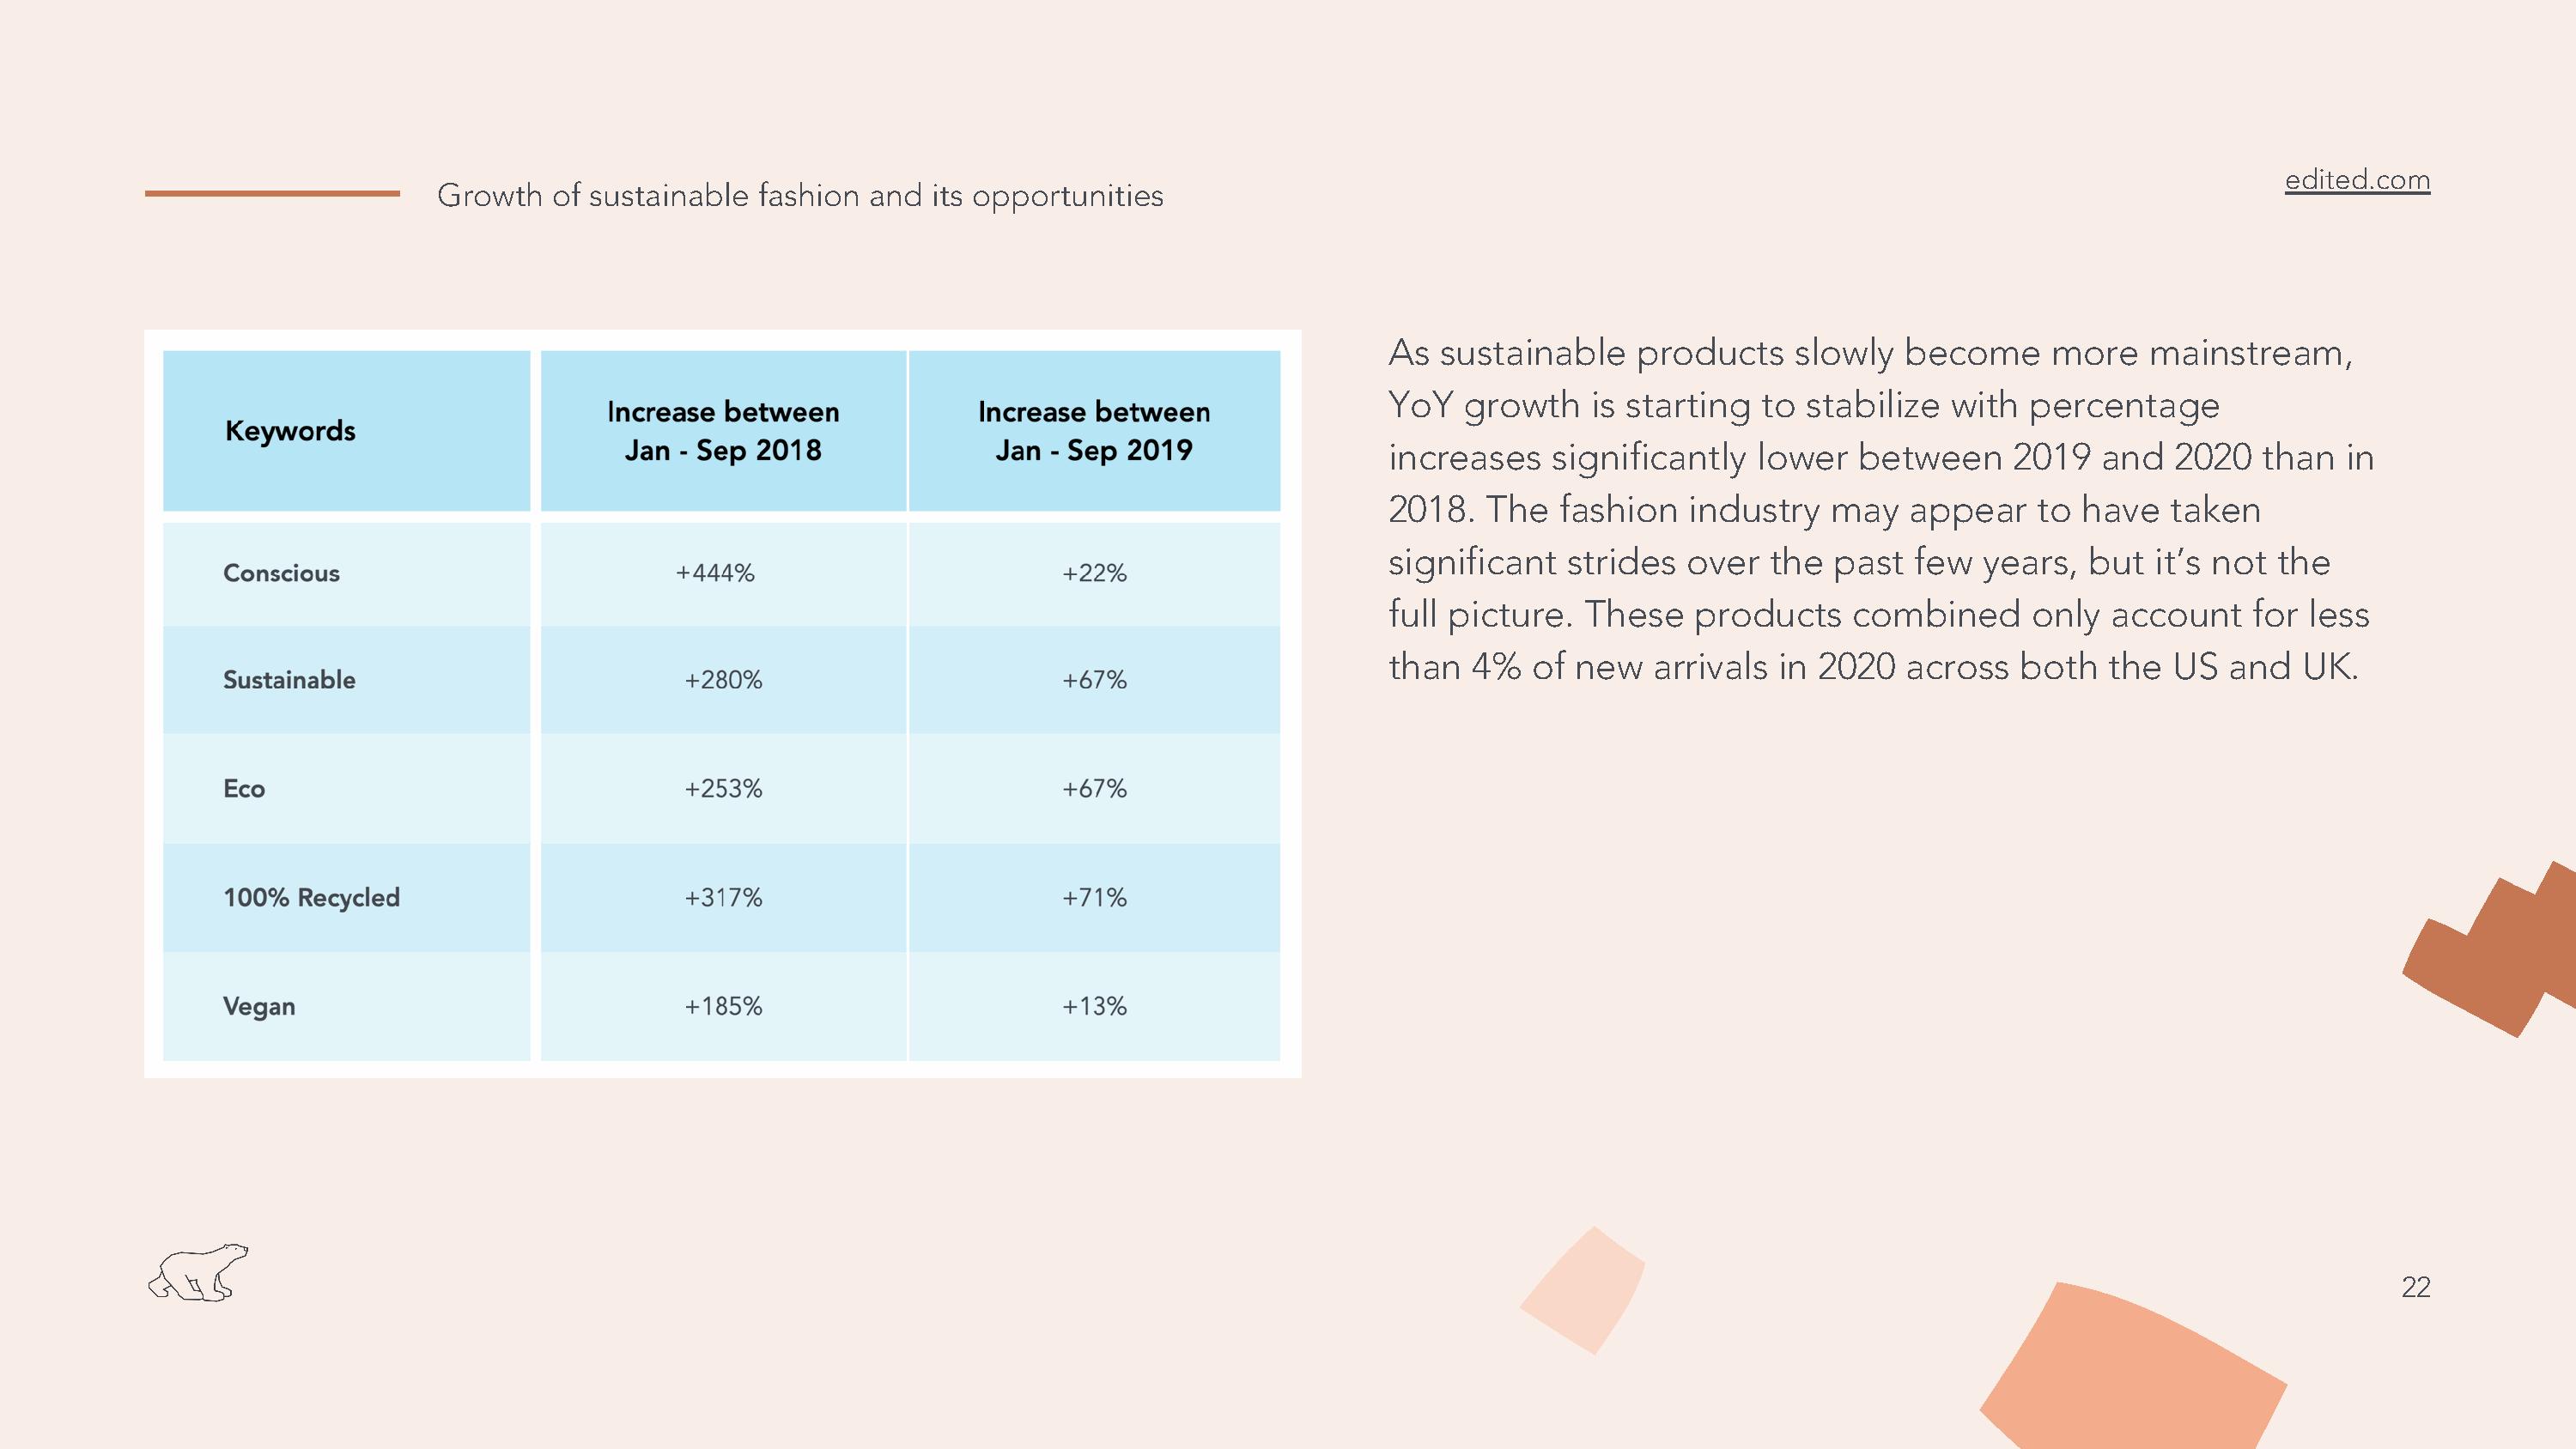
edited.com
 Growth   of sustainable fashion  and  its opportunities
 As  sustainable    products    slowly   become     more    mainstream,
 YoY   growth    is starting  to stabilize  with  percentage
 increases    significantly  lower   between     2019   and   2020  than   in
 2018.   The  fashion   industry   may   appear    to  have  taken
 significant   strides  over  the  past   few  years,  but  it’s not  the
 full picture.  These    products    combined      only  account    for less
 than  4%   of new   arrivals  in 2020   across   both   the US   and  UK.
 22